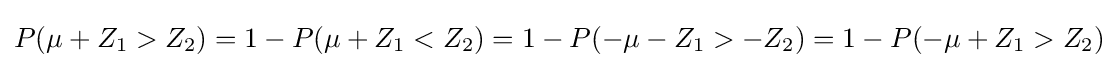
P(\mu +Z_{1}>Z_{2})=1-P(\mu +Z_{1}<Z_{2})=1-P(-\mu -Z_{1}>-Z_{2})=1-P(-\mu +Z_{1}>Z_{2})